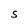
Character: S